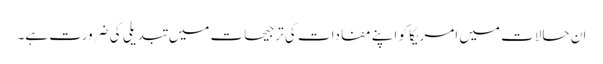
ان حالات میں امریکا کو اپنے مفادات کی ترجیحات میں تبدیلی کی ضرورت ہے۔